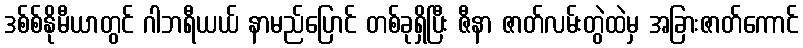
ဒစ်စ်နိုမီယာတွင် ဂါဘရီယယ် နာမည်ပြောင် တစ်ခုရှိပြီး ဇီနာ ဇာတ်လမ်းတွဲထဲမှ အခြားဇာတ်ကောင်